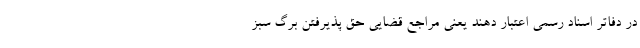
در دفاتر اسناد رسمی اعتبار دهند یعنی مراجع قضایی حق پذیرفتن برگ سبز